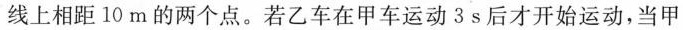
线上相距10m的两个点。若乙车在甲车运动3s后才开始运动，当甲